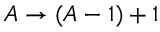
A \rightarrow ( A - 1 ) + 1